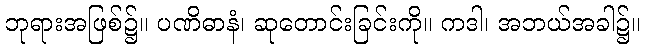
ဘုရားအဖြစ်၌။ ပဏိဓာနံ၊ ဆုတောင်းခြင်းကို။ ကဒါ၊ အဘယ်အခါ၌။